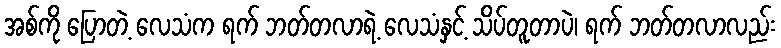
အစ်ကို ပြောတဲ့ လေသံက ရက် ဘတ်တလာရဲ့ လေသံနှင့် သိပ်တူတာပဲ၊ ရက် ဘတ်တလာလည်း